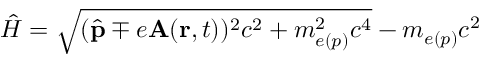
\hat { H } = \sqrt { ( \hat { \mathbf { p } } \mp e \mathbf { A } ( \mathbf { r } , t ) ) ^ { 2 } c ^ { 2 } + m _ { e ( p ) } ^ { 2 } c ^ { 4 } } - m _ { e ( p ) } c ^ { 2 }